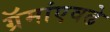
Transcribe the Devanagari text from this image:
ग्रॅमांएवढे